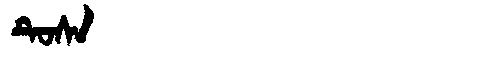
Manchu: ᡨᡠᠰᠠ
Romanization: TUSA